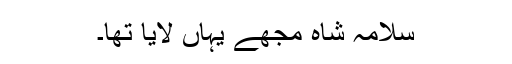
سلامہ شاہ مجھے یہاں لایا تھا۔